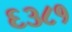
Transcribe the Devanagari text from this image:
६३८१